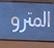
المترو